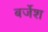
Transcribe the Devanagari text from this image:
बर्जेश